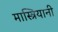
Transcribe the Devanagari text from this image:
मास्त्रियानी